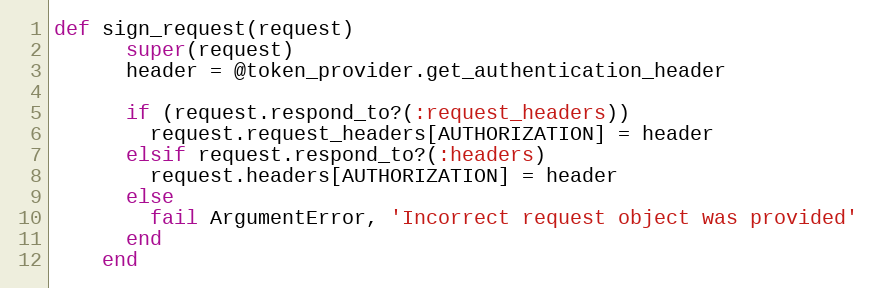
Language: Ruby
def sign_request(request)
      super(request)
      header = @token_provider.get_authentication_header

      if (request.respond_to?(:request_headers))
        request.request_headers[AUTHORIZATION] = header
      elsif request.respond_to?(:headers)
        request.headers[AUTHORIZATION] = header
      else
        fail ArgumentError, 'Incorrect request object was provided'
      end
    end